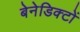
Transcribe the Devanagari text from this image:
बेनेडिक्टों